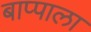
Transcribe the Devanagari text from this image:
बाप्पाला